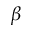
\beta